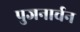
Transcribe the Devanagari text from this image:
पुजनार्चन